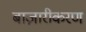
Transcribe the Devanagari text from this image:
बाज़ारीकरण